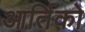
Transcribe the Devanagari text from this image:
आर्तिको